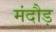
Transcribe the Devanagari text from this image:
मंदौड़